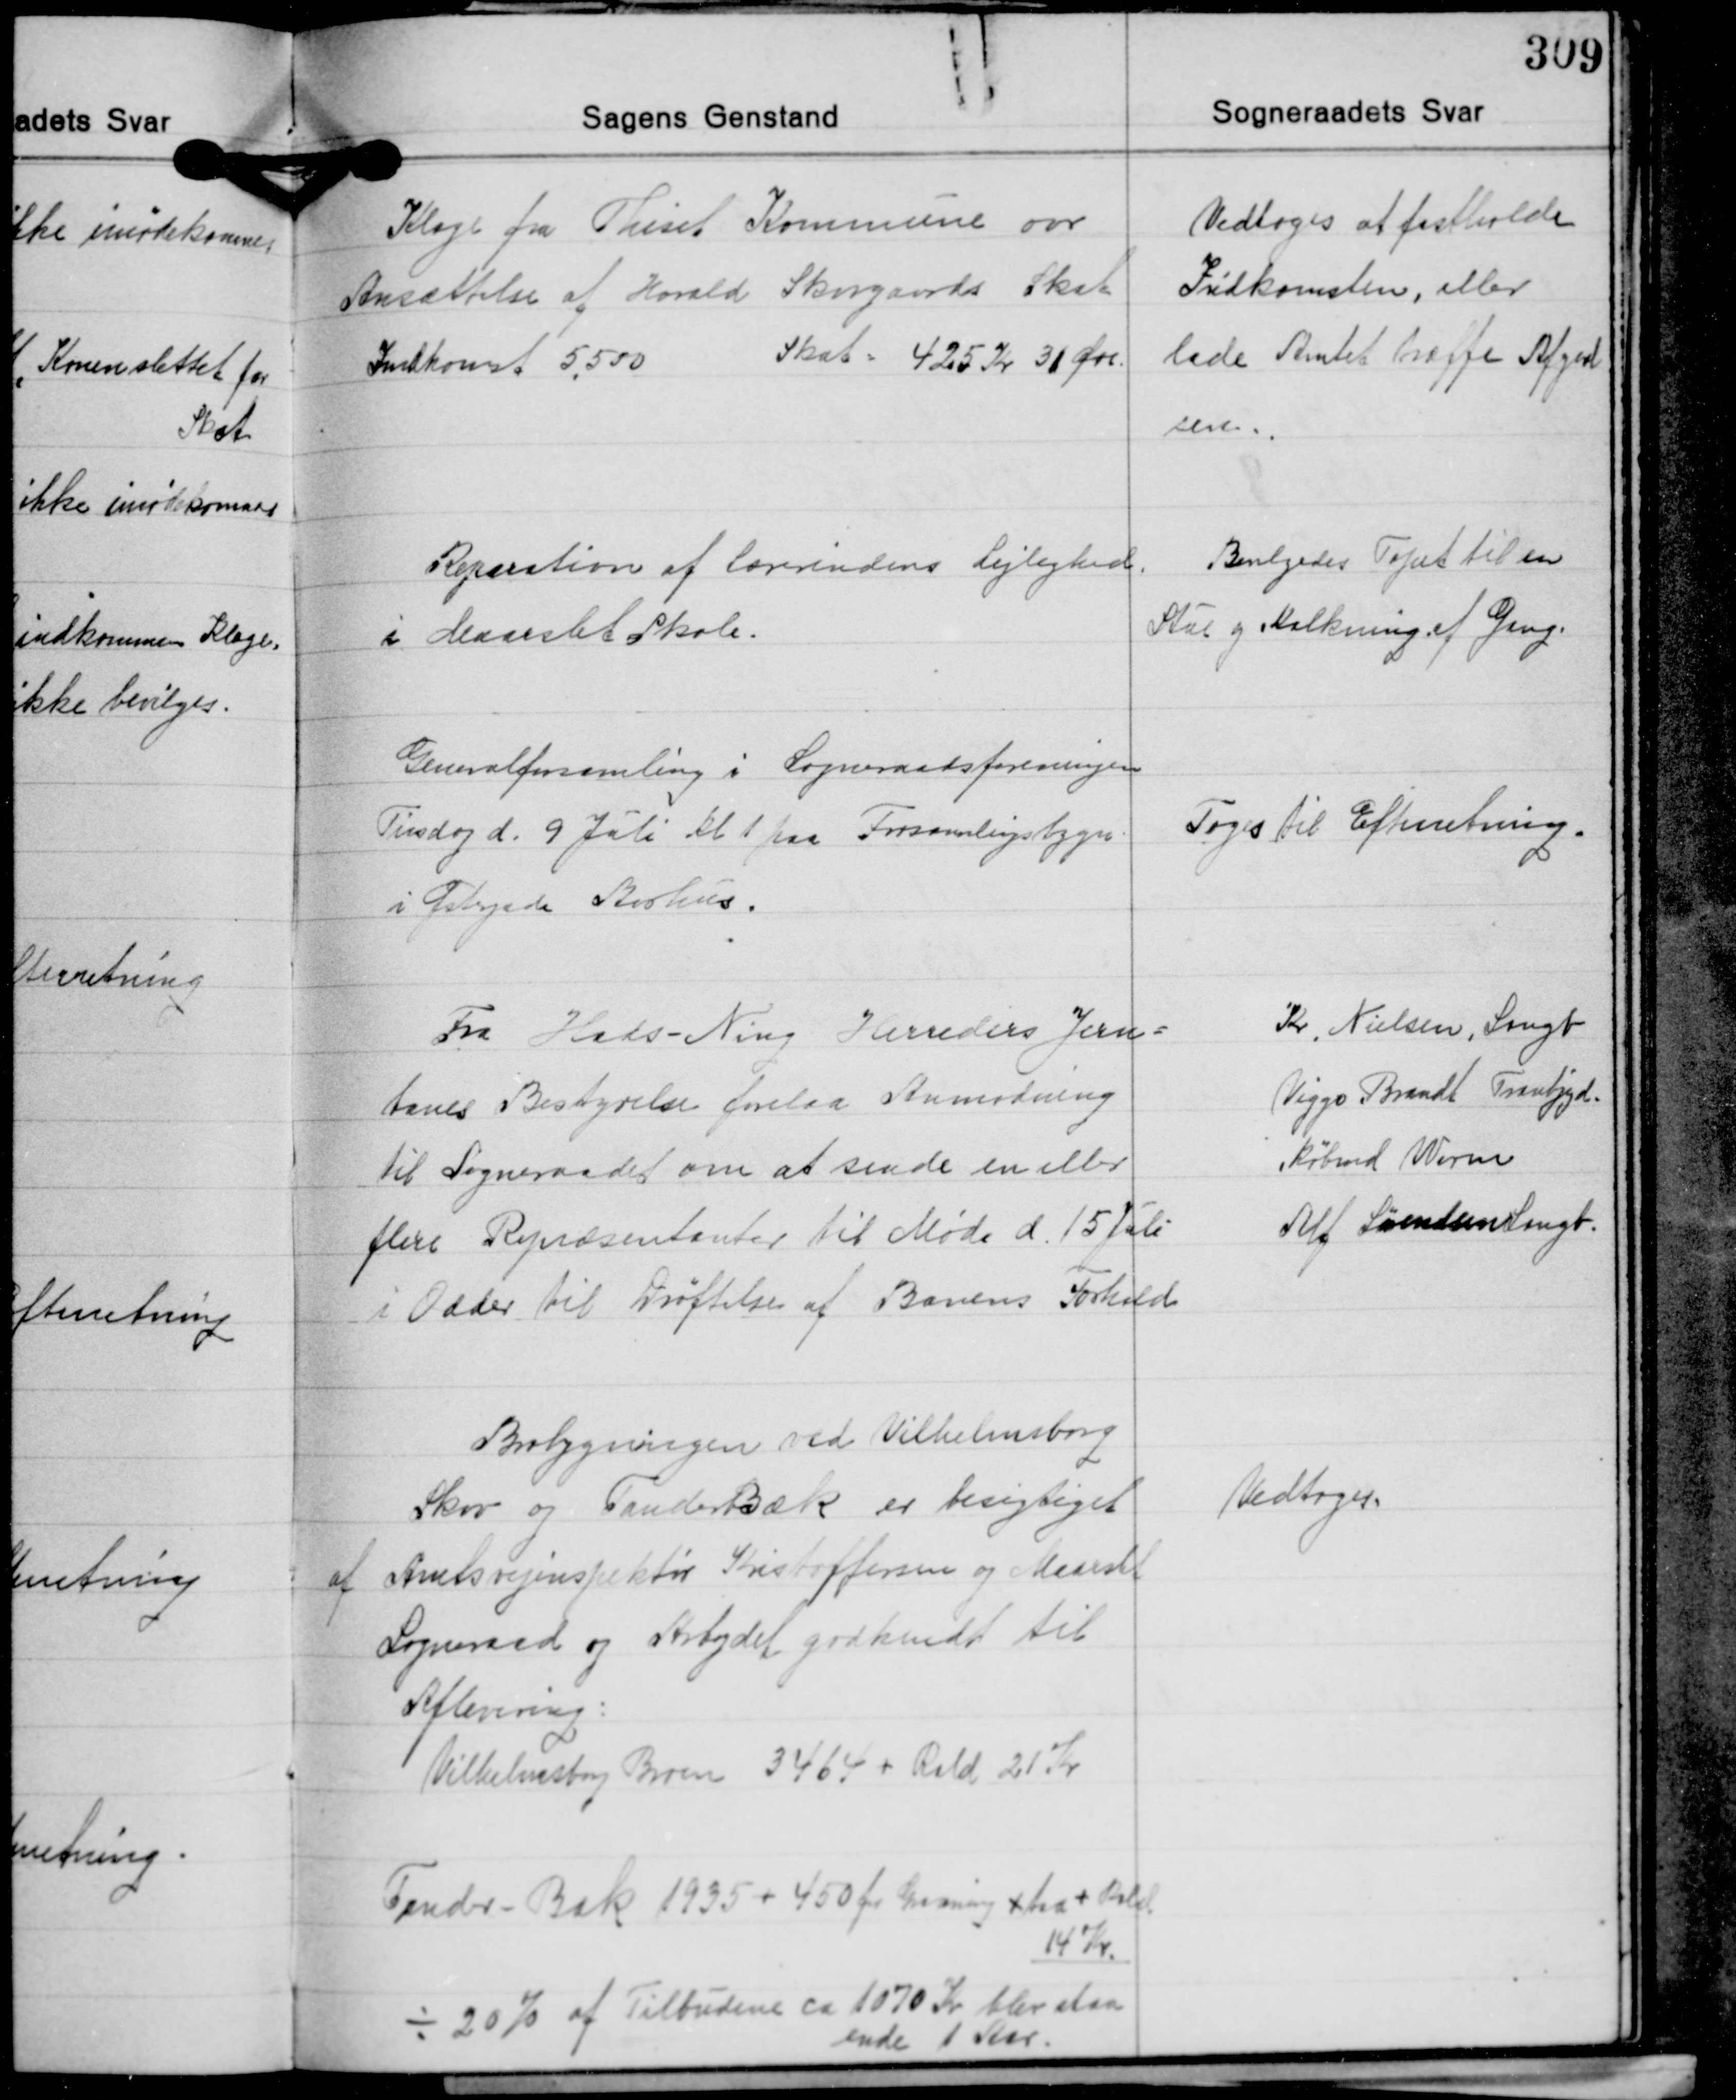
Transskription:
Klage fra Thiset Kommune over
Ansættelse af Harald Skovgaards Skat
Indkomst 5.500 Skat 425 Kr. 30 Øre.

Vedtoges at fastholde
Indkomsten, eller
lade Amtet træffe Afgørel-
sen.

Reparation af lærerindens Lejlighed
i Maarslet Skole.

Bevilgedes Tapet til en
Stue og Kalkning af Gang.

Generalforsamling i Sogneraadsforeningen
Tirsdag d. 9 Juli Kl 1 paa Forsamlingsbygn
i Østejede Aorhus.

Toges til Efterretning.

Fra Hads-Ning Herreders Jer
baves Bestyrelse forelaa Anmodning
til Sogneraadet om at sende en eller
flere Repræsentanter til Møde d. 15 Pli
et Odder til Drøftelse af Banens Forhold

Kr, Nielsen, Smgb
Viggo Brandt Travbjed.
Købmd Werm
Alf Søendsenagt.

Brolygningen ved Vilhelmsborg
Skov og Sanderbæk er besigtiget
af Amtsvejinspektør Kristigfersen og Maarst
Sogneraad og Arbejdet godkendt til
Aflerering:
Vilhelmsbry Brøen 3465 + Rald 21 Kr

Vedtoges.

Tander- Bak 1935 = 450 fr. Maaning fha r Bel.
14 Kr.
÷ 20% af Tilbudene ca 1070 Kr blev staa
ende 1 Aar.